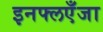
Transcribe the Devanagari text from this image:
इनफ्लएँजा